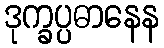
ဒုက္ခပ္ပဓာနေန